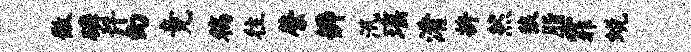
徽磷许幻竟稿往綮辨汛瑶淆拚然狼脂霏蜕